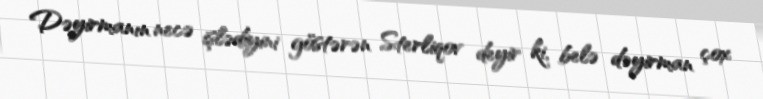
Dəyirmanın necə işlədiyini göstərən Sterliqov deyir ki, belə dəyirman çox